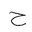
Letter: _ha